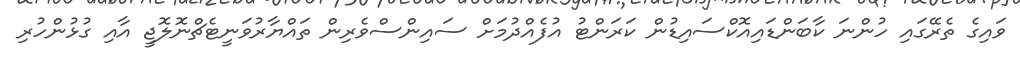
ވައިގެ ތެރޭގައި ހުންނަ ކާބަންޑައިއޮކްސައިޑުން ކަރަންޓު އުފެއްދުމަށް ސައިންސްވެރިން ތައްޔާރުވަނީޓެޗްނޮލޮޖީ އާއި ގުޅުންހުރި